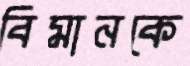
বিমানকে